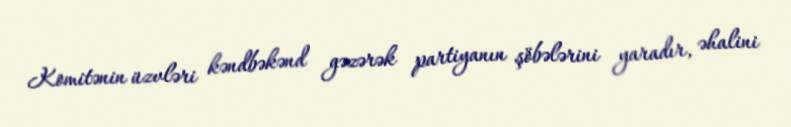
Komitənin üzvləri kəndbəkənd gəzərək partiyanın şöbələrini yaradır, əhalini